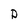
Character: D